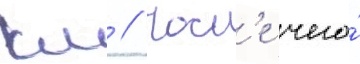
км // Посл'е чего́